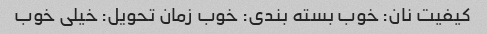
کیفیت نان: خوب بسته بندی: خوب زمان تحویل: خیلی خوب